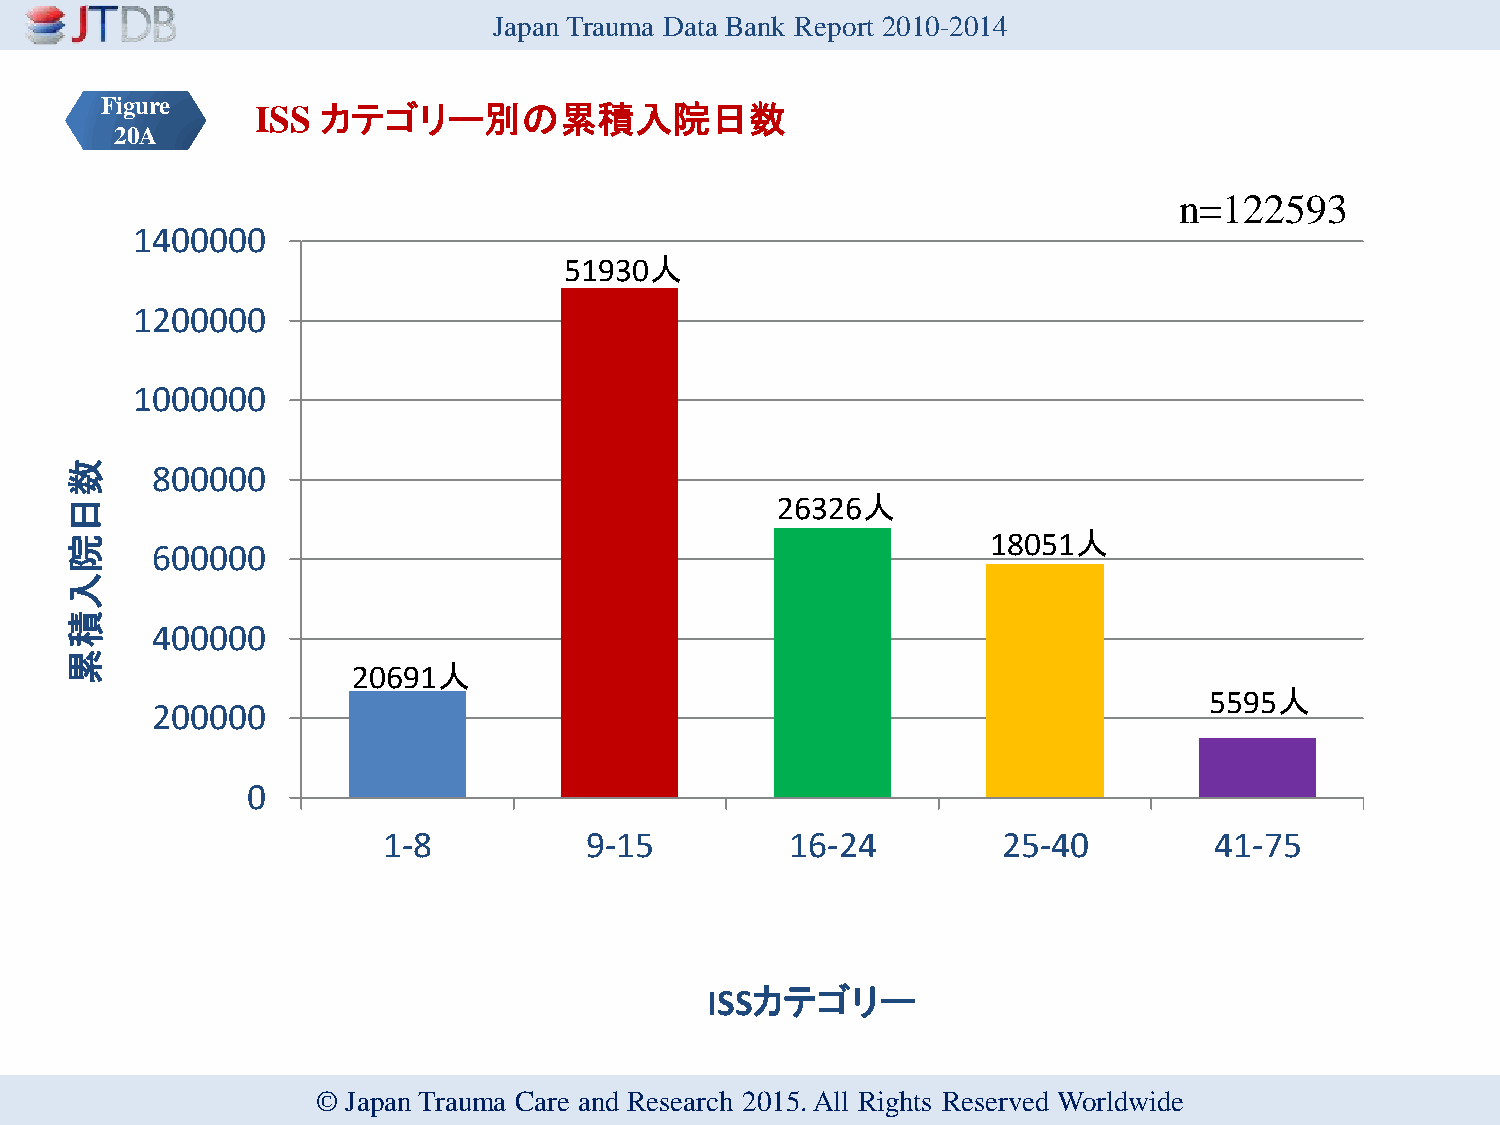
Japan Trauma Data Bank Report 2010-2014
 Figure    ISS カテゴリー別の累積入院日数
 20A
 n=122593
 1400000
 51930人
 1200000
 1000000
 数     800000
 日                                              26326人
 院
 18051人
 600000
 入
 積
 400000
 累
 20691人
 5595人
 200000
 0
 1-8           9-15         16-24         25-40         41-75
 ISSカテゴリー
 © Japan Trauma Care and Research 2015. All Rights Reserved Worldwide